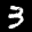
Label: 3